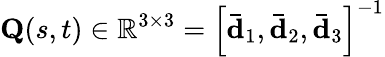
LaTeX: \mathbf{Q}(s,t)\in\mathbb{R}^{3\times 3}=\left[\mathbf{\bar{d}}_{1},\mathbf{\bar{d}}_{2},\mathbf{\bar{d}}_{3}\right]^{-1}